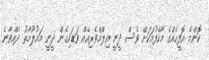
ކޮންމެ އޮފީހެއްގެ މާހެފުމަކަށް ވެސް ދީނީ އިލްމްވެރިއެއް ވަޑައިގެން ދީނީ މައުލޫމާތު ދެއްވާނެ